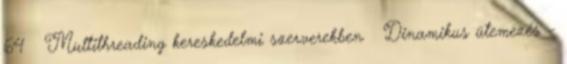
64 Multithreading kereskedelmi szerverekben ● Dinamikus ütemezés –